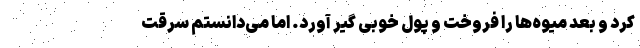
کرد و بعد میوه‌ها را فروخت و پول خوبی گیر آورد. اما می‌دانستم سرقت